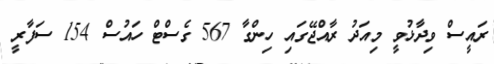
ރައީސް ވިދާޅުވީ މިއަދު ރާއްޖޭގައި ހިންގާ 567 ގެސްޓް ހައުސް 154 ސަފާރީ